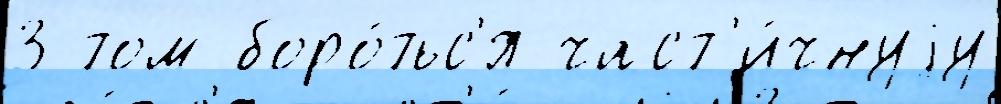
3 том боро́тьс'я част'и́чнуjу